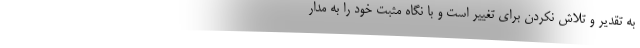
به تقدیر و تلاش نکردن برای تغییر است و با نگاه مثبت خود را به مدار